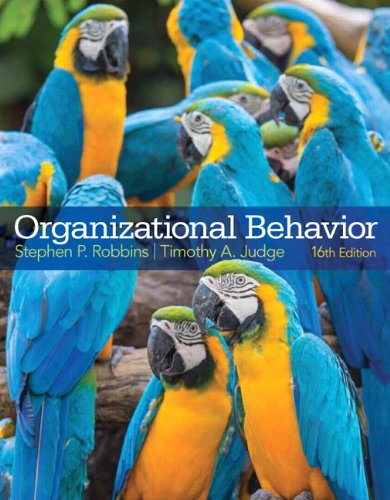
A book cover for Organizational Behavior (16th Edition); Stephen P. Robbins; Business & Money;